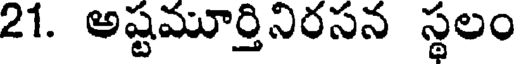
21. అష్టమూర్తినిరసన స్థలం